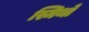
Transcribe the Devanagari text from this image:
स्मिथों